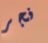
فجر